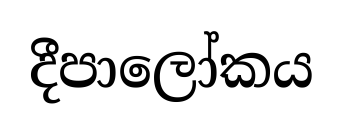
දීපාලෝකය